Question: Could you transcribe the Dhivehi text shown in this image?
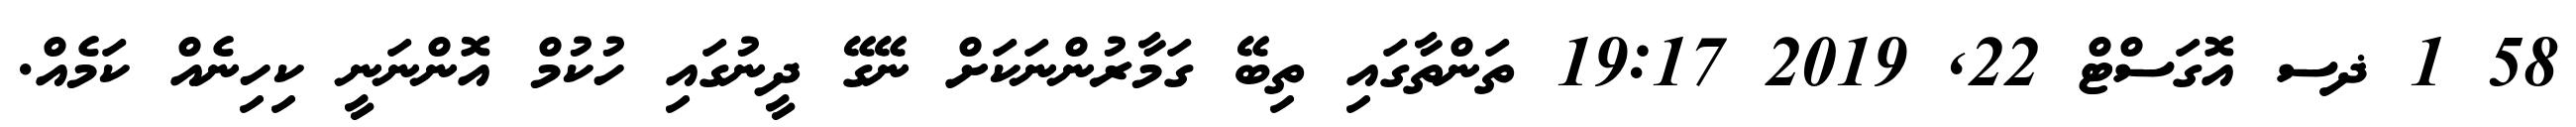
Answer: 58 1 ޛސ އޮގަސްޓް 22, 2019 19:17 ތަންތާގައި ތިބޭ ގަމާރުންނަކަށް ނޭގޭ ދީނުގައި ހުކުމް އޮންނަނީ ކިހިނެއް ކަމެއް.